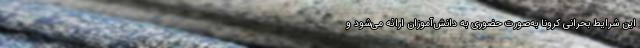
این شرایط بحرانی کرونا به‌صورت حضوری به دانش‌آموزان ارائه می‌شود و